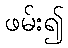
ဖမ်း၍